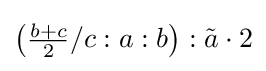
\left({\tfrac {b+c}{2}}/c:a:b\right):{\tilde {a}}\cdot 2